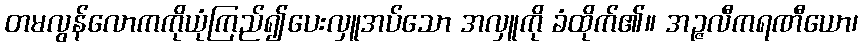
တမလွန်လောကကိုယုံကြည်၍ပေးလှူအပ်သော အလှူကို ခံထိုက်၏။ အဉ္ဇလီကရဏီယော၊